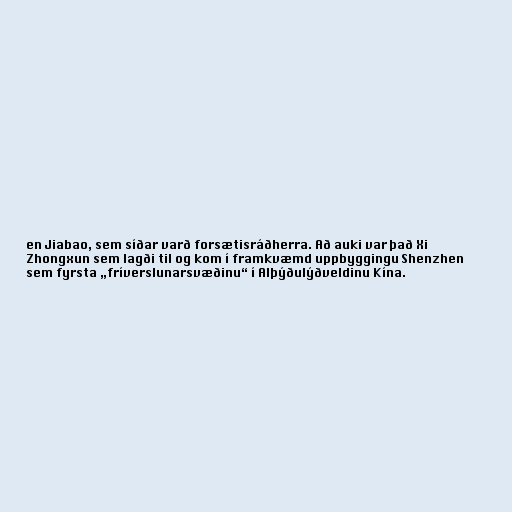
en Jiabao, sem síðar varð forsætisráðherra. Að auki var það Xi
Zhongxun sem lagði til og kom í framkvæmd uppbyggingu Shenzhen
sem fyrsta „fríverslunarsvæðinu“ í Alþýðulýðveldinu Kína.